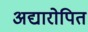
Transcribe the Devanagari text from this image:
अद्यारोपित